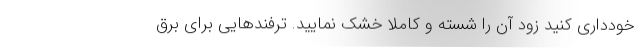
خودداری کنید زود آن را شسته و کاملا خشک نمایید. ترفندهایی برای برق